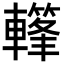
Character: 𨎳